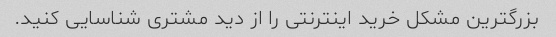
بزرگترین مشکل خرید اینترنتی را از دید مشتری شناسایی کنید.